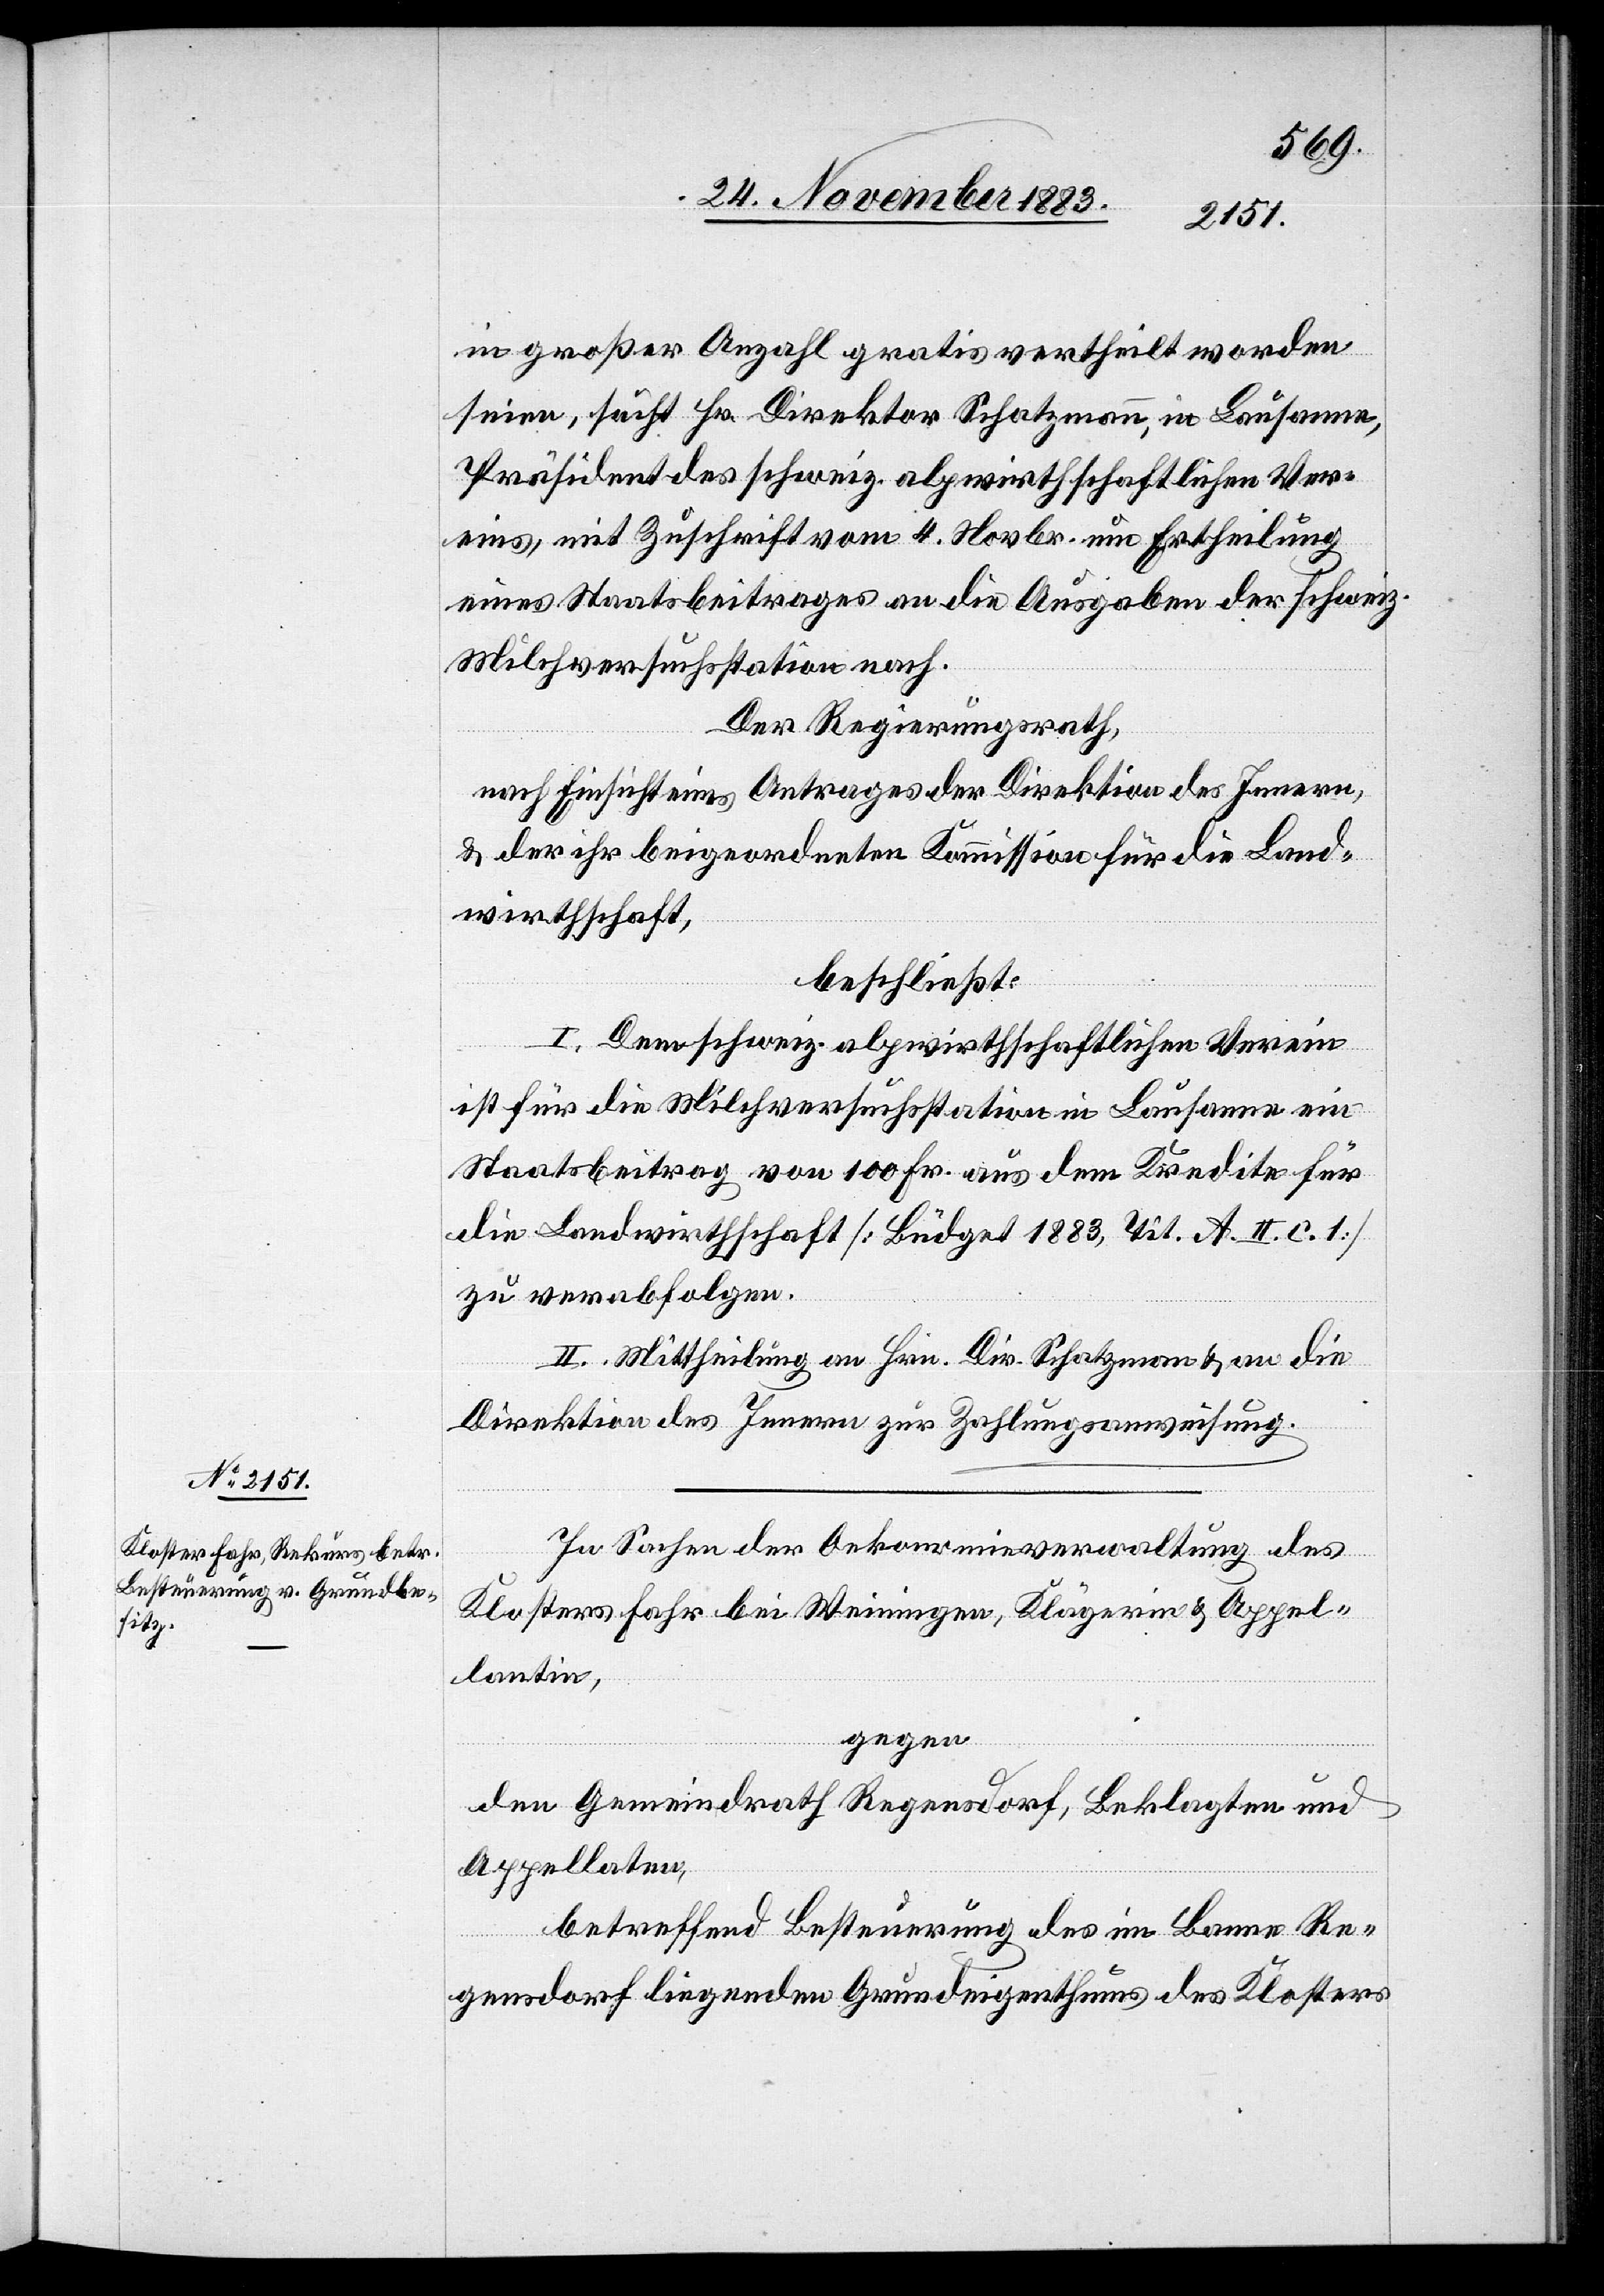
in großer Anzahl gratis vertheilt worden
seien, sucht Hr. Direktor Schatzmann, in Lausanne,
Präsident des schweiz. alpwirthschaftlichen Ver¬
eins, mit Zuschrift vom 4. Novbr. um Ertheilung
eines Staatsbeitrages an die Ausgaben der schweiz.
Milchversuchsstation nach.
Der Regierungsrath,
nach Einsicht eines Antrages der Direktion des Innern,
& der ihr beigeordneten Kommission für die Land¬
wirthschaft,
beschließt:
I. Dem schweiz. alpwirthschaftlichen Verein
ist für die Milchversuchsstation in Lausanne ein
Staatsbeitrag von 100 Fr. aus dem Kredite für
die Landwirthschaft [Büdget 1883, Tit. A. II. c. 1]
zu verabfolgen.
II. Mittheilung an Hrn. Dir. Schatzmann & an die
Direktion des Innern zur Zahlungsanweisung.
In Sachen der Oekonomieverwaltung des
Klosters Fahr bei Weinigen, Klägerin & Appel¬
lantin,
gegen
den Gemeindrath Regensdorf, Beklagten und
Appellanten,
betreffend Besteuerung des im Banne Re¬
gensdorf liegende Grundeigenthums des Klosters